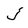
Character: j